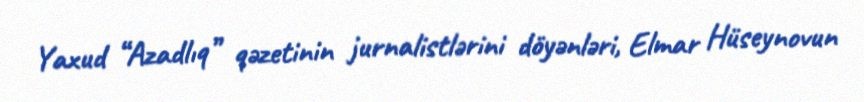
Yaxud “Azadlıq” qəzetinin jurnalistlərini döyənləri, Elmar Hüseynovun